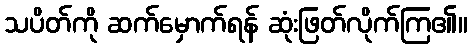
သပိတ်ကို ဆက်မှောက်ရန် ဆုံးဖြတ်လိုက်ကြ၏။